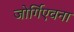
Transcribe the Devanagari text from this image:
जोर्गिएवना